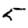
Digit: 5